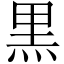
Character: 黒